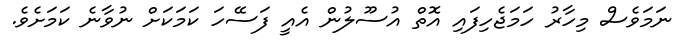
ނަމަވެސް މިހާރު ހަމަޖެހިފައި އޮތް އުސޫލުން އެއީ ފަސޭހަ ކަމަކަށް ނުވާނެ ކަމަށެވެ.